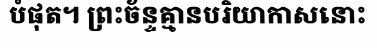
បំផុត។ ព្រះច័ន្ទគ្មានបរិយាកាសនោះ